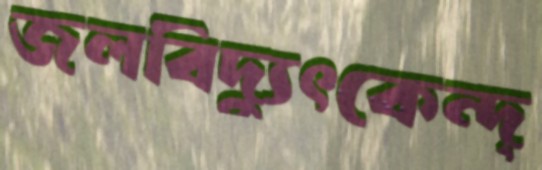
জলবিদ্যুৎকেন্দ্